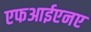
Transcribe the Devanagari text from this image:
एफआईएनए